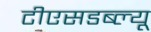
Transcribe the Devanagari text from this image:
टीएसडब्ल्यू